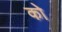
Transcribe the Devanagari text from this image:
कोे